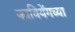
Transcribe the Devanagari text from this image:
कावियेंगच्या